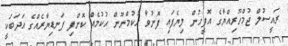
ރައީސުލް ޖުމްހޫރިއްޔާގެ އޮފީހުން ލިޔެފައި ފޮނުވާ ޙުކުމްނޫން ޙުކުމެއް ކޮށްފި ފަނޑިޔާރެއްގެ އަދަބަކީ